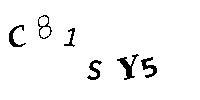
C81SY5